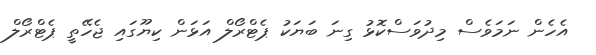
އެހެން ނަމަވެސް މިދުވަސްކޮޅު ގިނަ ބަޔަކު ޕެޓްރޯލް އަޅަން ކިޔޫގައި ޖެހޭތީ ޕެޓްރޯލް